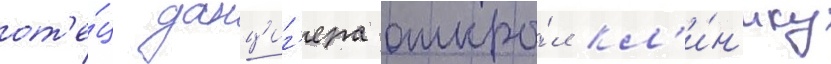
от'е́ц данциг'ера откры́л кл'и́н'ику